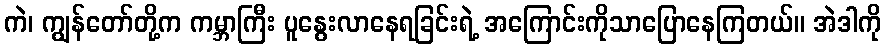
ကဲ၊ ကျွန်တော်တို့က ကမ္ဘာကြီး ပူနွေးလာနေရခြင်းရဲ့ အကြောင်းကိုသာပြောနေကြတယ်။ အဲဒါကို